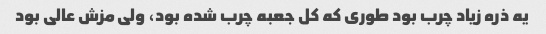
یه ذره زیاد چرب بود طوری که کل جعبه چرب شده بود، ولی مزش عالی بود